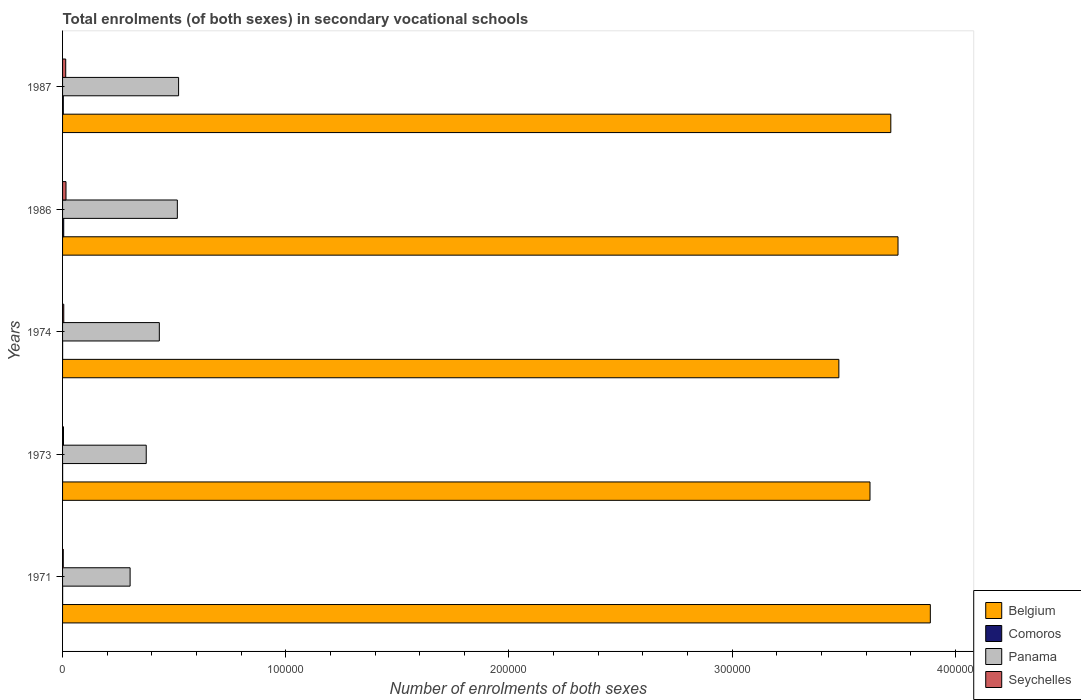
| Years | Belgium | Comoros | Panama | Seychelles |
 | --- | --- | --- | --- | --- |
 | 1971 | 3.89e+05 | 24 | 3.03e+04 | 312 |
 | 1973 | 3.62e+05 | 23 | 3.75e+04 | 418 |
 | 1974 | 3.48e+05 | 22 | 4.34e+04 | 540 |
 | 1986 | 3.74e+05 | 515 | 5.14e+04 | 1.54e+03 |
 | 1987 | 3.71e+05 | 334 | 5.2e+04 | 1.41e+03 |